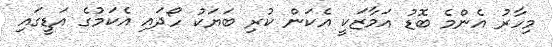
މިހާރު އެންމެ ބޮޑު އަމާޒަކީ އެކަން ކުރި ބަޔަކު ހޯދައި އެކަމުގެ އަޑީގައި